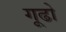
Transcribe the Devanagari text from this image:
गूढो